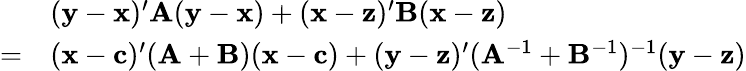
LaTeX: {\begin{array}{rl}&{(\mathbf{y}-\mathbf{x})^{\prime}\mathbf{A}(\mathbf{y}-\mathbf{x})+(\mathbf{x}-\mathbf{z})^{\prime}\mathbf{B}(\mathbf{x}-\mathbf{z})}\\ {=}&{(\mathbf{x}-\mathbf{c})^{\prime}(\mathbf{A}+\mathbf{B})(\mathbf{x}-\mathbf{c})+(\mathbf{y}-\mathbf{z})^{\prime}(\mathbf{A}^{-1}+\mathbf{B}^{-1})^{-1}(\mathbf{y}-\mathbf{z})}\end{array}}